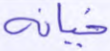
خيانة